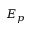
E _ { p }